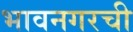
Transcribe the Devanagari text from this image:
भावनगरची